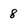
Character: 8